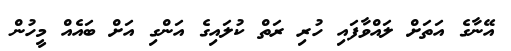
އޭނާގެ އަތަށް ލައްވާފައި ހުރި ރަތް ކުލައިގެ އަންގި އަށް ބައެއް މީހުން